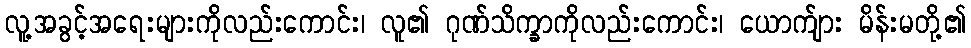
လူ့အခွင့်အရေးများကိုလည်းကောင်း၊ လူ၏ ဂုဏ်သိက္ခာကိုလည်းကောင်း၊ ယောက်ျား မိန်းမတို့၏